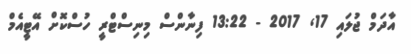
އާދަމް ޖުލައި 17